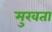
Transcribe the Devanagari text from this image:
मुखता